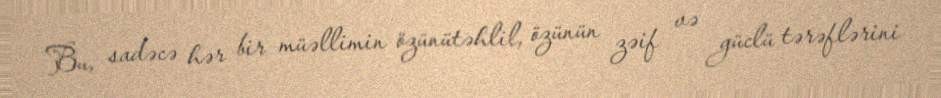
Bu, sadəcə hər bir müəllimin özünütəhlil, özünün zəif və güclü tərəflərini